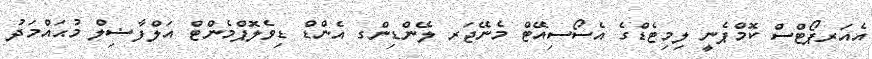
އެއަރޕޯޓްސް ކޮމްޕެނީ ލިމިޓެޑްގެ އެސޯސިއޭޓް މެނޭޖަރ ލޭންޑިންގ އެންޑް ޑިވެލޮޕްމެންޓް އަލްފާޟިލް މުޙައްމަދު